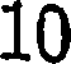
10